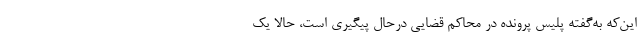
این‌که به‌گفته پلیس پرونده در محاکم قضایی درحال پیگیری است، حالا یک